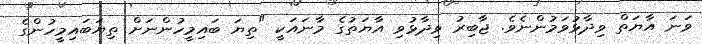
ވަނަ އާޔަތް ވިދާޅުވަމުންނެވެ. ޖާބިރު ވިދާޅުވި އާޔަތުގެ މާނައަކީ "ތިޔަ ބައިމީހުންނަށް ތިޔަބައިމީހުންގެ